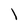
Character: l